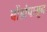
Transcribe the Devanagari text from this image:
बोंडांपासून